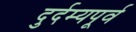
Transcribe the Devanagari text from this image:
दुर्दम्यपूर्व